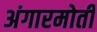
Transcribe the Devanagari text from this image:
अंगारमोती